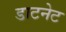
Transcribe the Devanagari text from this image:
डाटनेट